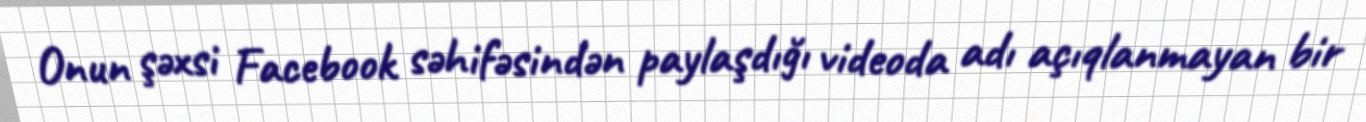
Onun şəxsi Facebook səhifəsindən paylaşdığı videoda adı açıqlanmayan bir